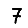
Digit: 7